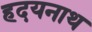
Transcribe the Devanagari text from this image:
हदयनाथ